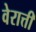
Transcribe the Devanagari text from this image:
वेरात्ती